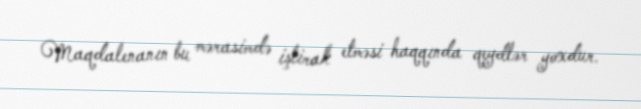
Maqdalenanın bu mərasimdə iştirak etməsi haqqında qeydlər yoxdur.